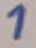
Text: 1